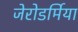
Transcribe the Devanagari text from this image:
जेरोडर्मिया